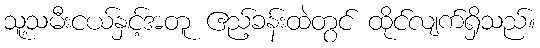
သူ့သမီးငယ်နှင့်အတူ ဧည့်ခန်းထဲတွင် ထိုင်လျက်ရှိသည်။